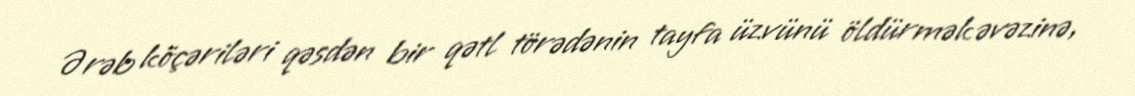
Ərəb köçəriləri qəsdən bir qətl törədənin tayfa üzvünü öldürmək əvəzinə,